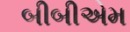
બીબીએમ